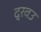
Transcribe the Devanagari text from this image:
द्रवउ